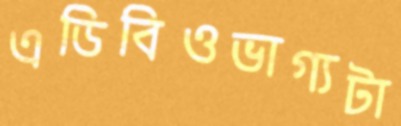
এডিবিওভাগ্যটা